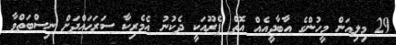
29 މިލިއަން މީހުންގެ އާބާދީއެއް އޮތް ޕެރޫއަކީ ދެކުނު އެމެރިކާ ސަަރަޙައްދަށް ނިސްބަތްވާ